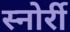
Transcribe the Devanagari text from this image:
स्नोर्री